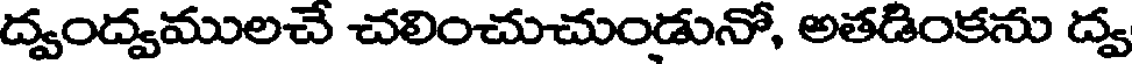
ద్వంద్వములచే చలించుచుండునో, అతడింకను ద్వ